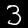
Digit: 3